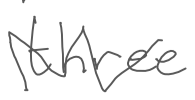
Text: three
Cross-out: zig-zag
Writing tool: digital_gray